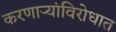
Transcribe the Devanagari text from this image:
करणार्‍यांविरोधात